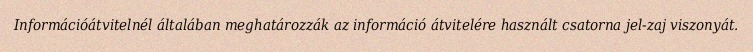
Információátvitelnél általában meghatározzák az információ átvitelére használt csatorna jel-zaj viszonyát.